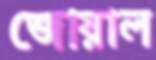
জোয়াল